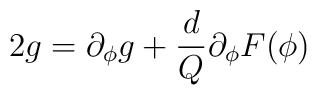
2g=\partial_\phi g+{d \over Q} \partial_\phi F(\phi)